Annual report on the working of the mental hospitals in the Madras Presidency - 1912-1932
Year: 1912
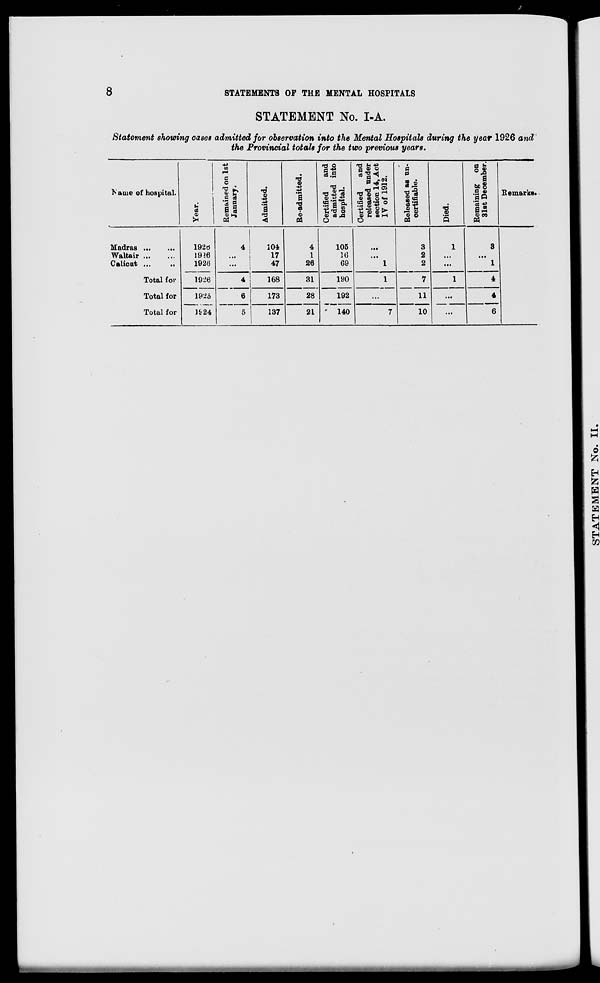
8
STATEMENTS OF THE MENTAL HOSPITALS
STATEMENT No. I-A.
Statement showing cases admitted for observation into the Mental Hospitals during the year 1926 and
the Provincial totals for the two previous years.
Name of hospital.
Madras
...
...
Waltair ... ...
Calicut ... ...
Total for
Total for
Total for
Year.
1926
1926
1926
1926
1925
1924
Remained on 1st
January.
4
...
...
4
6
5
Admitted.
104
17
47
168
173
137
Re-admitted.
4
1
26
31
28
21
Certified
and
admitted into
hospital.
105
16
69
190
192
140
Certified
and
released under
section 14, Act
IV of 1912.
...
...
1
1
...
7
Released as un-
certifiable.
3
2
2
7
11
10
Died.
1
...
...
1
...
...
Remaining on
31st December.
3
...
1
4
4
6
Remarks.